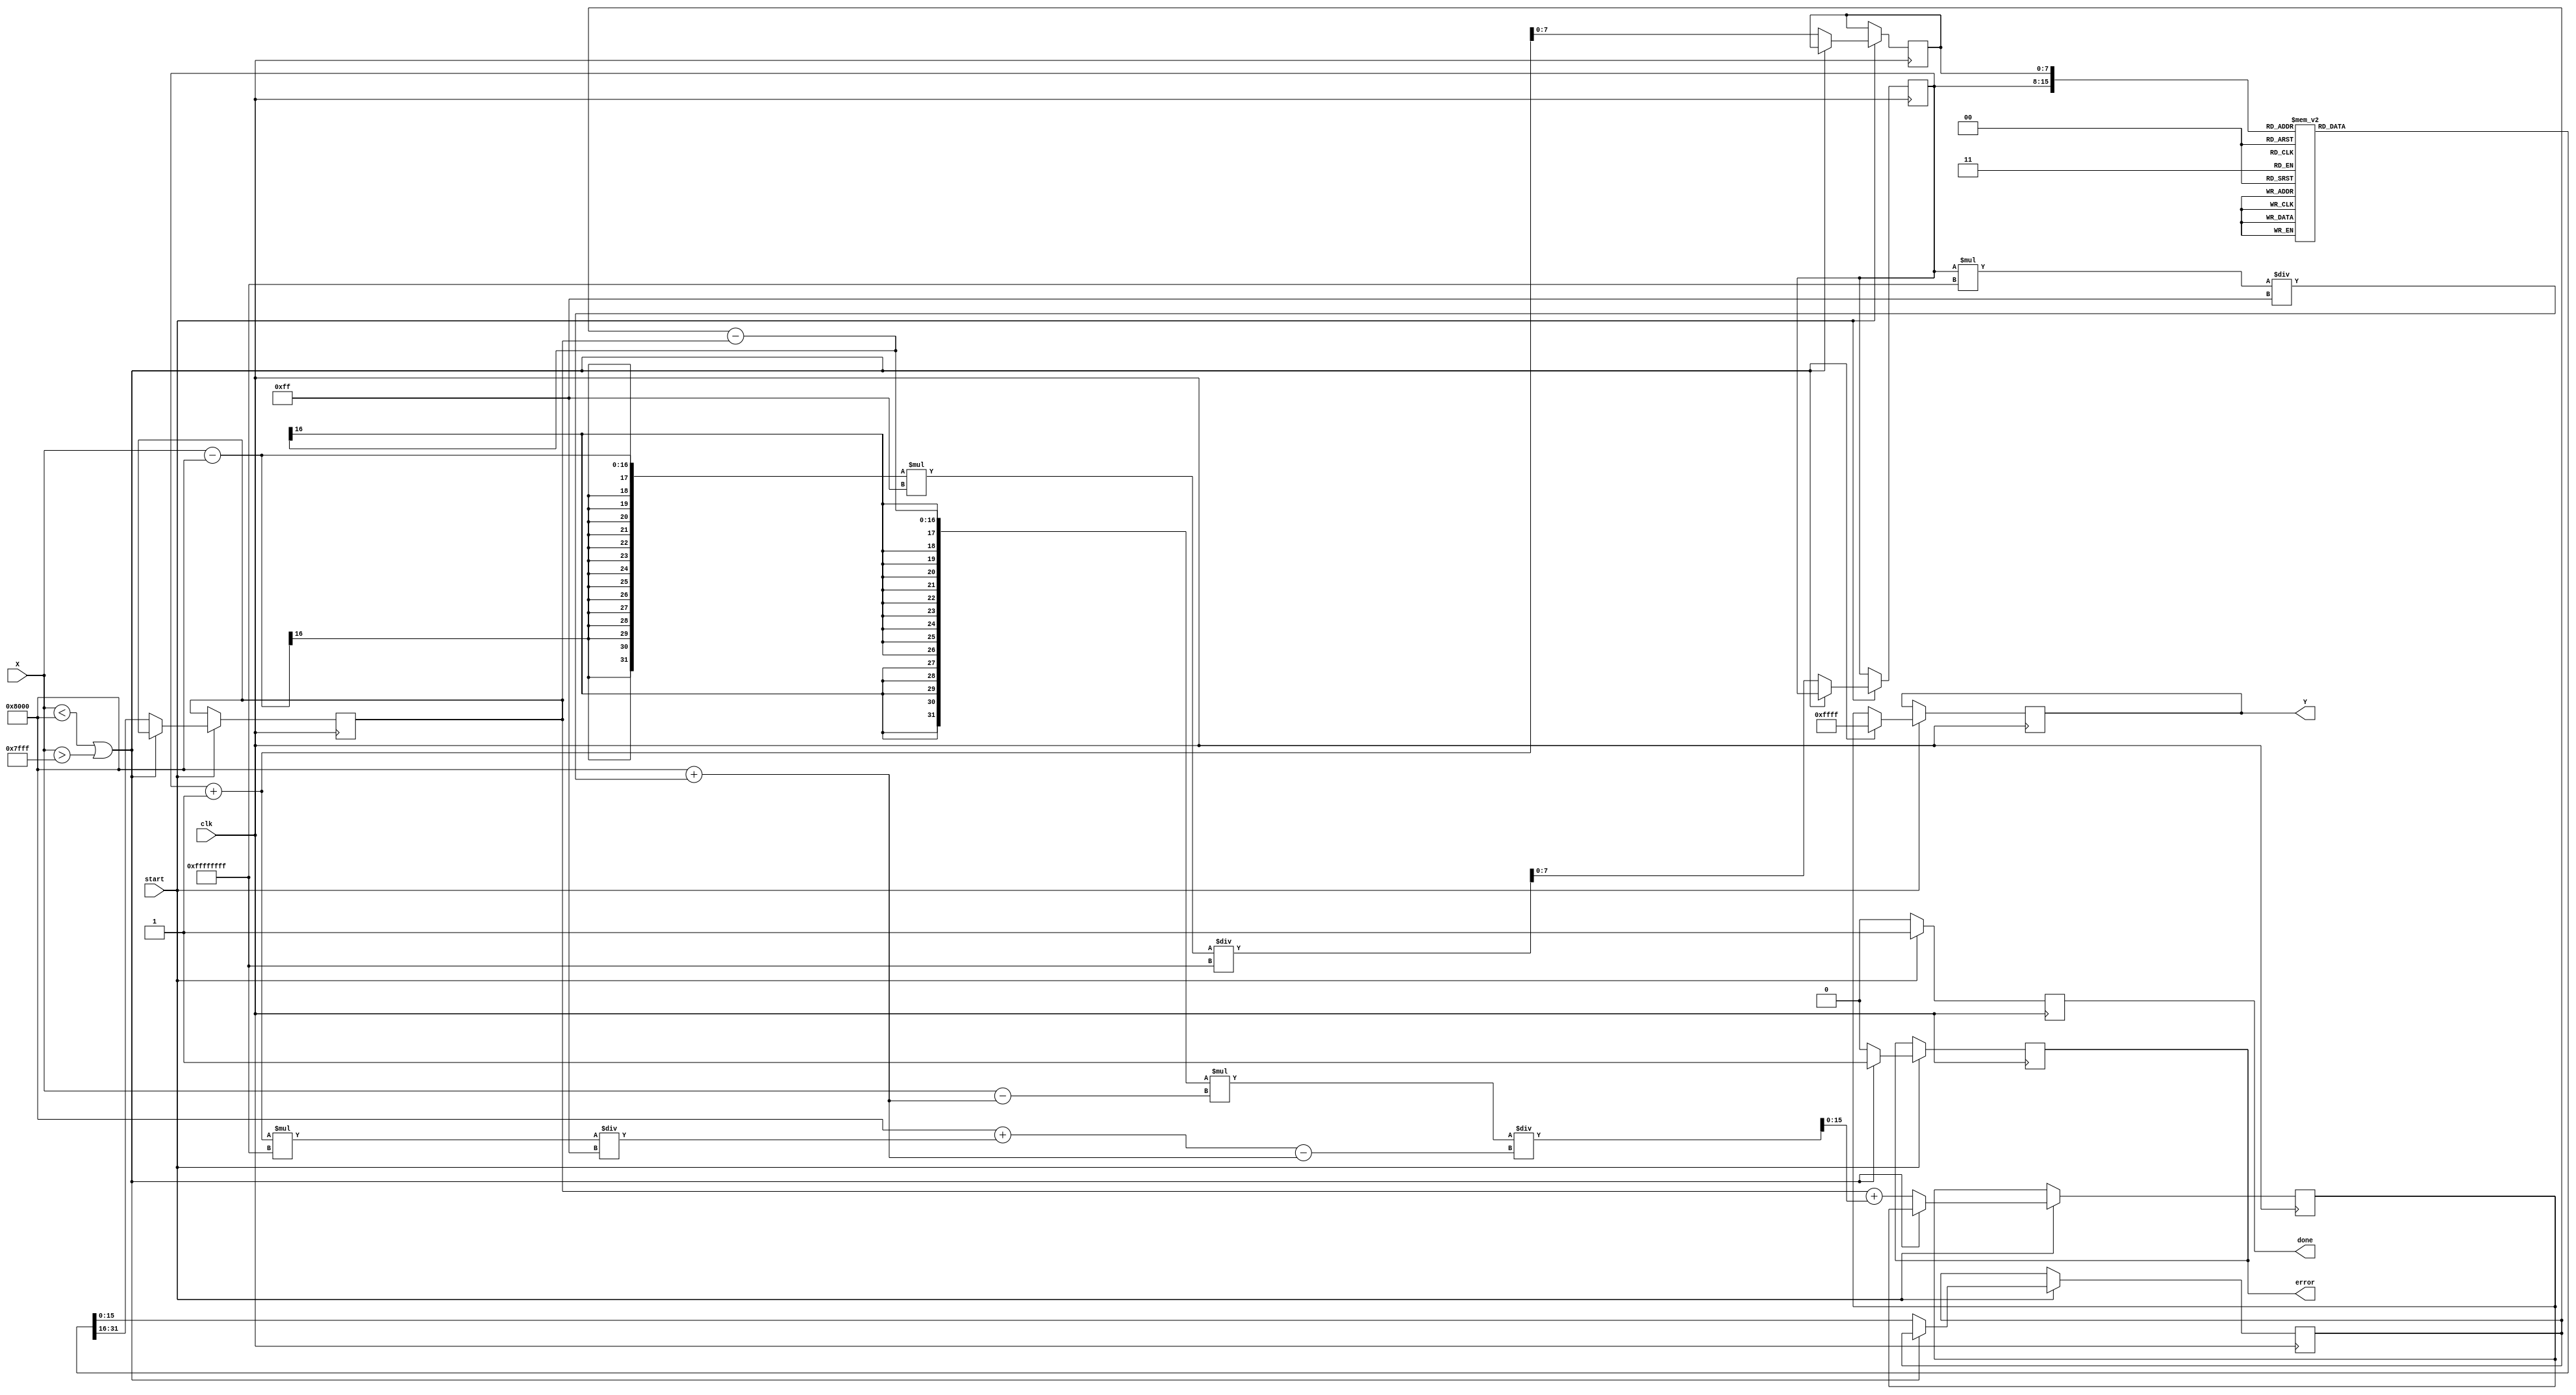
module acos_block (
    input wire [15:0] X,          // Input signal (fixed-point representation)
    input wire clk,               // Clock signal
    input wire start,             // Start signal for computation
    output reg [15:0] Y,          // Output signal (fixed-point representation)
    output reg done,              // Done signal to indicate computation completion
    output reg error              // Error signal for out-of-range input
);

    // Parameters
    parameter LUT_SIZE = 256;     // Size of the LUT
    parameter PI = 16'h3243;       // Fixed-point representation of  (3.14159)
    parameter LUT_WIDTH = 16;      // Width of LUT entries
    parameter X_MIN = 16'h8000;    // -1 in fixed-point
    parameter X_MAX = 16'h7FFF;    // 1 in fixed-point

    // LUT for acos values (precomputed)
    reg [LUT_WIDTH-1:0] lut [0:LUT_SIZE-1];

    // Internal variables
    reg [7:0] index;              // LUT index
    reg [7:0] index_next;         // Next LUT index for interpolation
    reg [LUT_WIDTH-1:0] lut_val1; // LUT value 1
    reg [LUT_WIDTH-1:0] lut_val2; // LUT value 2
    reg [LUT_WIDTH-1:0] lut_interp; // Interpolated value

    // Initialize LUT with precomputed acos values
    initial begin
        // Populate the LUT with precomputed values of acos
        // This is a placeholder; actual values should be computed and filled in.
        // Example: lut[0] = 16'h0000; // acos(-1)
        // Example: lut[128] = 16'h1FFF; // acos(0)
        // Example: lut[255] = 16'h3243; // acos(1)
    end

    // Input validation and computation
    always @(posedge clk) begin
        if (start) begin
            // Check if input is within range
            if (X < X_MIN || X > X_MAX) begin
                Y <= 16'hFFFF; // Set output to NaN or error value
                error <= 1'b1; // Set error flag
                done <= 1'b1; // Indicate done
            end else begin
                error <= 1'b0; // Clear error flag
                // Calculate LUT index
                index <= (X - X_MIN) * (LUT_SIZE - 1) / (X_MAX - X_MIN);
                index_next <= index + 1;

                // Read LUT values
                lut_val1 <= lut[index];
                lut_val2 <= lut[index_next];

                // Linear interpolation
                lut_interp <= lut_val1 + ((lut_val2 - lut_val1) * (X - (X_MIN + index * (X_MAX - X_MIN) / (LUT_SIZE - 1))) / ((X_MIN + (index + 1) * (X_MAX - X_MIN) / (LUT_SIZE - 1)) - (X_MIN + index * (X_MAX - X_MIN) / (LUT_SIZE - 1))));

                // Assign interpolated value to output
                Y <= lut_interp;
                done <= 1'b1; // Indicate done
            end
        end else begin
            done <= 1'b0; // Reset done signal
        end
    end

endmodule